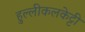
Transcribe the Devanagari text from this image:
हुल्लीकलकेट्टी